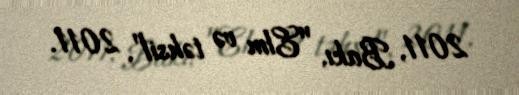
2011, Bakı, "Elm və təhsil", 2011.